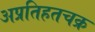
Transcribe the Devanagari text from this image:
अप्रतिहतचक्र